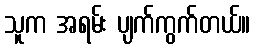
သူက အရမ်း ပျက်ကွက်တယ်။